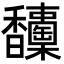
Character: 𩡦